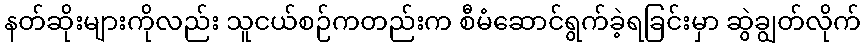
နတ်ဆိုးများကိုလည်း သူငယ်စဉ်ကတည်းက စီမံဆောင်ရွက်ခဲ့ရခြင်းမှာ ဆွဲချွတ်လိုက်